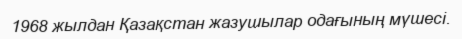
1968 жылдан Қазақстан жазушылар одағының мүшесі.